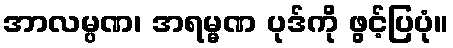
အာလမ္ပဏ၊ အရမ္မဏ ပုဒ်ကို ဖွင့်ပြပုံ။